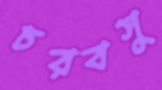
চরবসু